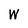
Character: W